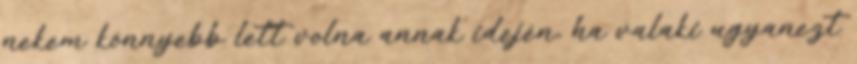
nekem könnyebb lett volna annak idején, ha valaki ugyanezt